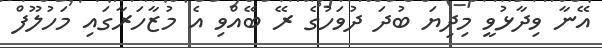
އޭނާ ވިދާޅުވީ މިދިޔަ ބުދަ ދުވަހުގެ ރޭ ބޭއްވި އެ މުޒާހަރާގައި މަހުލޫފް